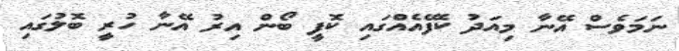
ނަމަވެސް އޭނާ މިއަދު ކެފޭއެއްގައި ކޮފީ ބޯން އިރު އޭނާ ހުރީ ބޮލުގައި